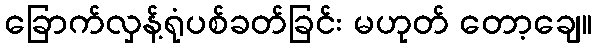
ခြောက်လှန့်ရုံပစ်ခတ်ခြင်း မဟုတ် တော့ချေ။